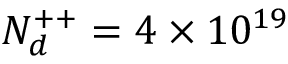
N _ { d } ^ { + + } = 4 \times 1 0 ^ { 1 9 }